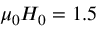
\mu _ { 0 } H _ { 0 } = 1 . 5